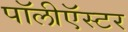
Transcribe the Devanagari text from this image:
पॉलीऍस्टर